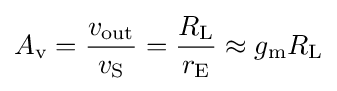
A_{\text{v}}={\frac {v_{\text{out}}}{v_{\text{S}}}}={\frac {R_{\text{L}}}{r_{\text{E}}}}\approx g_{\text{m}}R_{\text{L}}